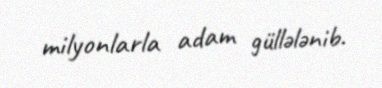
milyonlarla adam güllələnib.